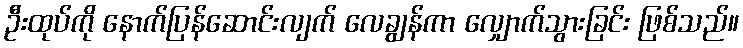
ဦးထုပ်ကို နောက်ပြန်ဆောင်းလျက် လေချွန်ကာ လျှောက်သွားခြင်း ဖြစ်သည်။